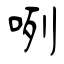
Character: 咧